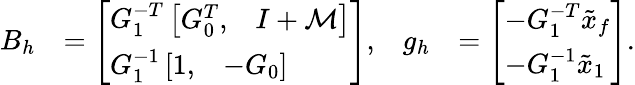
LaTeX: \begin{array}{rlrl}{B_{h}}&{=\left[\begin{array}{l}{G_{1}^{-T}\left[\begin{array}{ll}{G_{0}^{T},}&{I+\mathcal{M}}\end{array}\right]}\\ {G_{1}^{-1}\left[\begin{array}{ll}{1,}&{-G_{0}}\end{array}\right]}\end{array}\right],}&{g_{h}}&{=\left[\begin{array}{l}{-G_{1}^{-T}\tilde{x}_{f}}\\ {-G_{1}^{-1}\tilde{x}_{1}}\end{array}\right].}\end{array}